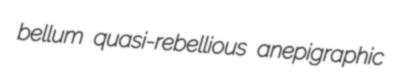
bellum quasi-rebellious anepigraphic